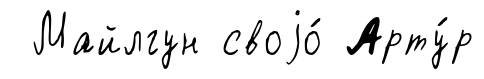
Майлгун своjо́ Арту́р